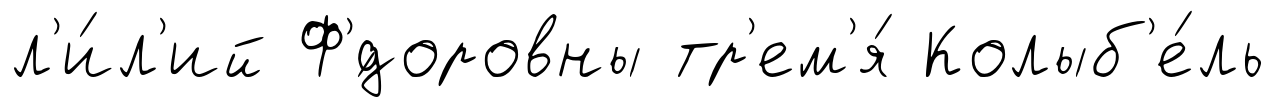
л'и́л'ий Ф'́доровны тр'ем'я́ Колыб'е́ль